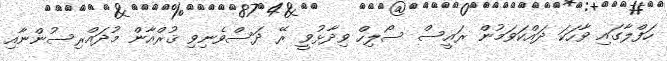
ހަފްލާގައި ވާހަކަ ދައްކަވަމުން ރައީސް ސޯލިހް ވިދާޅުވީ ރޭ ދަސްވެނިވި ޤުރްއާން މުދައްރިސުންނާއި